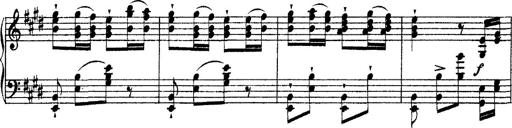
Title: Ã‰tudes d'exÃ©cution transcendante d'aprÃ¨s Paganini
Composer: Franz Liszt